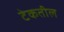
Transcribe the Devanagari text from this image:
टेकतील